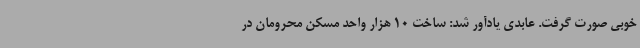
خوبی صورت گرفت. عابدی یادآور شد: ساخت 10 هزار واحد مسکن محرومان در